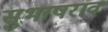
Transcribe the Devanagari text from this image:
सुभाषराव